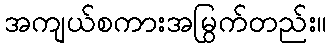
အကျယ်စကားအမြွက်တည်း။